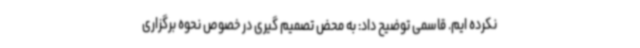
نکرده ایم. قاسمی توضیح داد: به محض تصمیم گیری در خصوص نحوه برگزاری